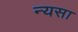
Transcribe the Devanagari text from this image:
न्यसा